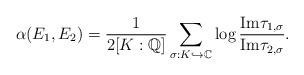
LaTeX: \begin{align*}\alpha(E_1,E_2)=\frac{1}{2[K:\mathbb{Q}]}\sum_{\sigma:K\hookrightarrow \mathbb{C}}\log\frac{ \mathrm{Im}\tau_{1,\sigma}}{\mathrm{Im}\tau_{2,\sigma}}.\end{align*}